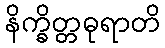
နိက္ခိတ္တဓုရာတိ